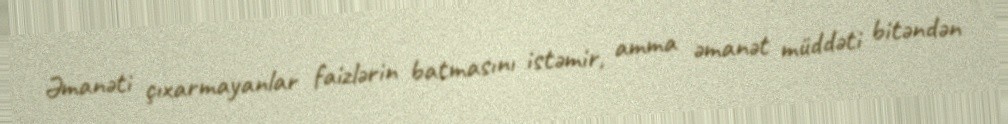
Əmanəti çıxarmayanlar faizlərin batmasını istəmir, amma əmanət müddəti bitəndən